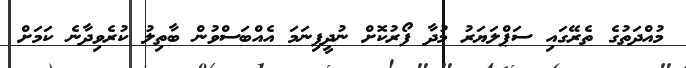
މުއްދަތުގެ ތެރޭގައި ސަޕްލަޔަރު މުދާ ފޯރުކޮށް ނުދީފިނަމަ އެއްބަސްވުން ބާތިލު ކުރެވިދާނެ ކަމަށް